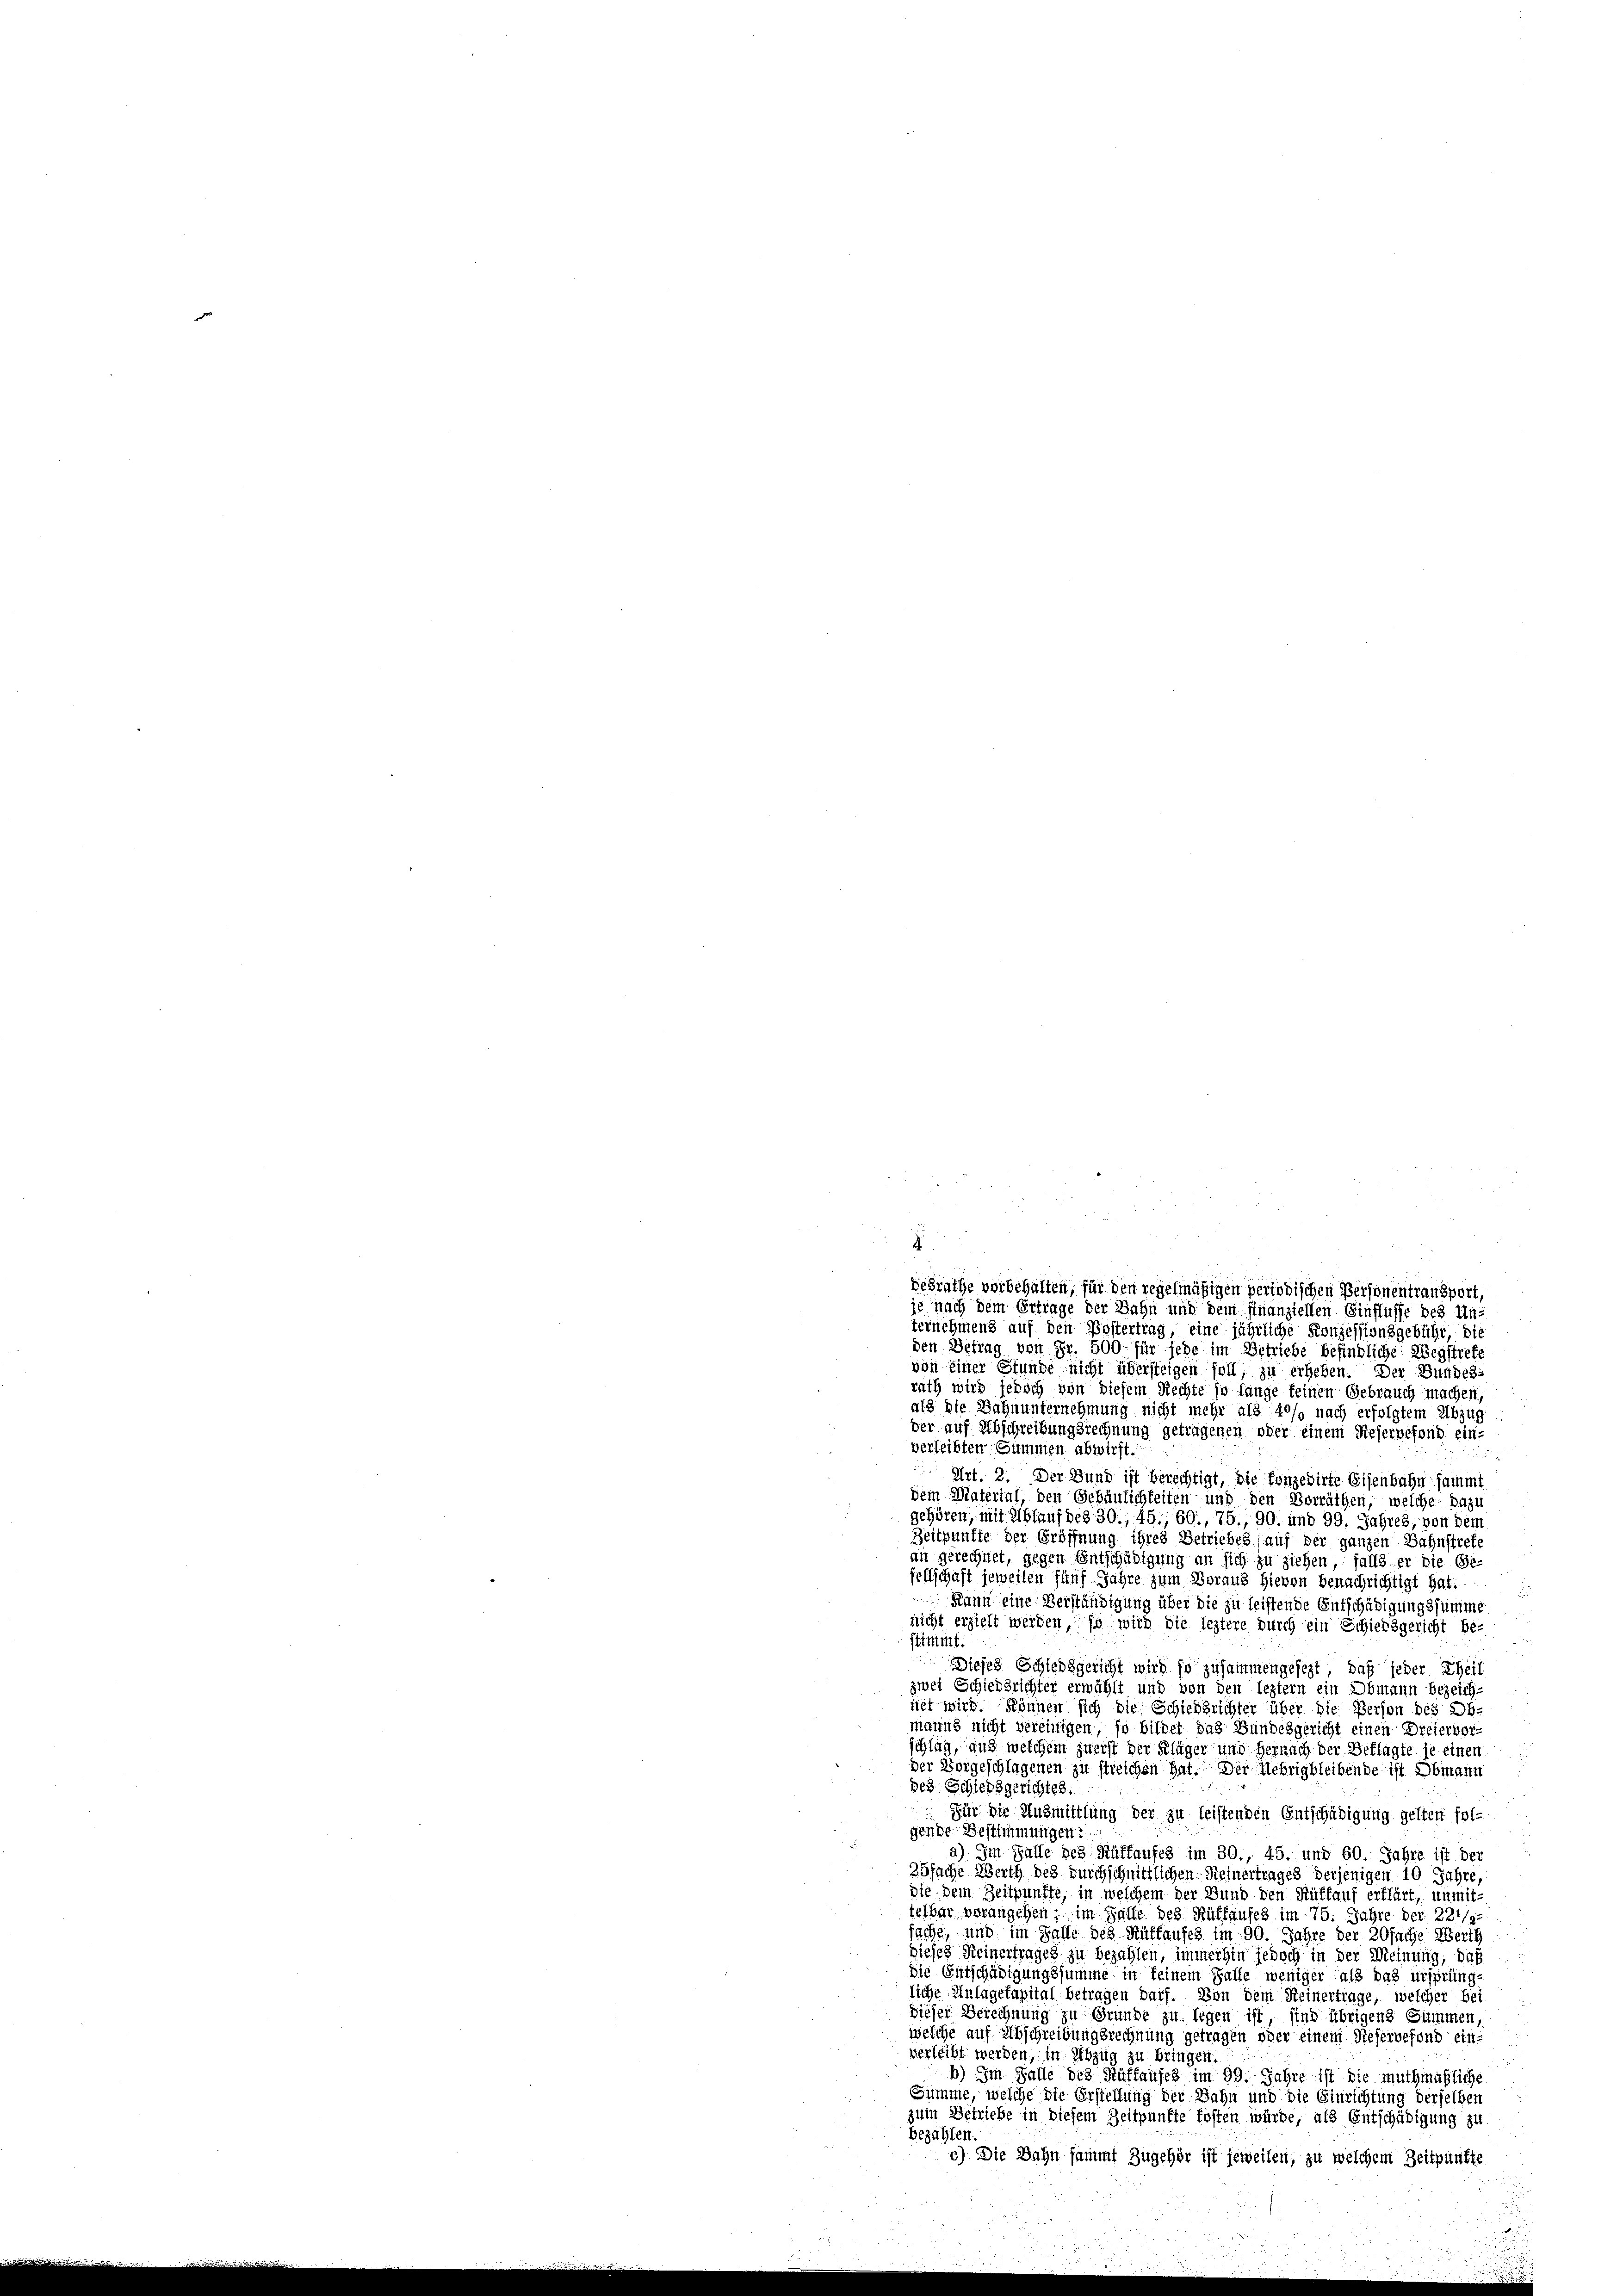
desrathe vorbehalten, für den regelmäßigen periodischen Personentransport,
je nach dem Ertrage der Bahn und dem Finanziellen Einflüsse des Un-
ternehmens auf den Postertrag, eine jährliche Konzessionsgebühr, die
den Betrag von Fr. 500 für jede im Betriebe befindliche Wegstreff
von einer Stunde nicht übersteigen soll, zu erheben. Der Bundes-
rath wird jedoch von diesem Rechte so lange keinen Gebrauch machen,
als die Bahnunternehmung nicht mehr als 40% nach erfolgtem Abzug
der auf Abschreibungsrechnung getragenen oder einem Dieservefond ein-
verleibten Summen abwirft.
Art. 2. Der Bund ist berechtigt, die konzedirte Eisenbahn sammt
dem Material, den Gebäulichkeiten und den Vorräthen, welche Dazu
gehören, mit Ablauf des 30., 45. 60., 75. 90. und 99. Jahres, von dem
Zeitpunkte der Eröffnung ihres Betriebes (auf der ganzen Bahnstrete
an gerechnet, gegen Entschädigung an sich zu ziehen, falls er die Ge-
fellschaft jeweilen fünf Jahre zum Boraus hievon benachrichtigt hat.
Kann eine Verständigung über die zu leistende Entschädigungssumme
nicht erzieht werden, so wird die leztere durch ein Schiedsgericht be-
stimmt.
 Dieses Schiedsgericht wird so zusammengesezt, daß jeder Theil
zwei Schiedsrichter erwählt und von den leztern ein Obmann bezeich-
net wird. können sich die Schiedsrichter über die Person des Ob-
manns nicht vereinigen, so bildet das Bundesgericht einen Dreiervor-
schlag, aus welchem zuerst der Kläger und Hernach der Beklagte je einen
u
der Vorgeschlagenen zu streichen hat. Der Uebrigbleibende ist Obmann
Beg. Schiedsgerichtes.
Für die Ausmittlung der zu leistenden Entschädigung gelten fol-
gende Bestimmungen:
a) Im Falle des Rüffaufes im 30., 45. und 60. Jahre ist der
25fache Werth des durchschnittlichen Reinertrages derjenigen 10 Jahre
die dem Zeitpunkte, in welchem der Bund den Rüffauf erklärt, unmit-
telbar vorangehen; im Falle des Ruffaufes im 75. Jahre der 221/9.
sache, und im Falle des Rüffaufes im 90. Jahre der 20fache Werth
dieses Meinertrages zu bezahlen, immerhin jedoch in der Meinung, daß
die Entschädigungssumme in Seinem Falle weniger als das ursprüng
liche Anlagekapital betragen darf. Von dem Reinertrage, welcher bei
dieser Berechnung zu Grunde zu legen ist, sind übrigen Summen,
welche auf Abschreibungsrechnung getragen oder einem Reservefond ein
verleibt werden, in Abzug zu bringen.
b) Im Falle des Ruffaufes im 99. Jahre ist die muthmaßliche
Summe, welche die Erstellung der Bahn und die Einrichtung derselben
zum Betriebe in diesem Zeitpunkte fosten würde, als Entschädigung zu
Bezahlen.
c) Die Bahn sammt Zugehör ist jeweilen, zu welchem Zeitpunkte

.